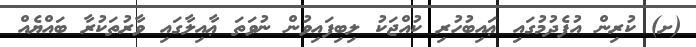
(ށ) ކުރިން އުފެދުމުގައި ޢައިބުހުރި ކުއްޖަކު ލިބިފައިވުން ނުވަތަ ޢާއިލާގައި ވާރުތަކުރާ ބައްޔެއް